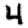
Digit: 4